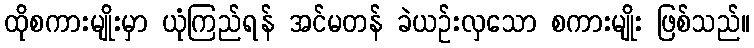
ထိုစကားမျိုးမှာ ယုံကြည်ရန် အင်မတန် ခဲယဉ်းလှသော စကားမျိုး ဖြစ်သည်။